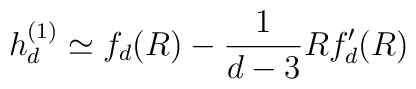
h_d^{(1)} \simeq f_d(R) - \frac{1}{d-3} R f_d'(R)